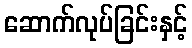
ဆောက်လုပ်ခြင်းနှင့်